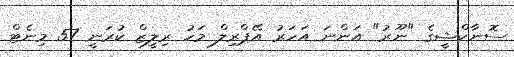
ސޮނާކްޝީގެ "ނޫރު" އަންނަ އަހަރު އޭޕްރިލް މަހު ރިލީޒް ކުރަނީ 57 މިނެޓް